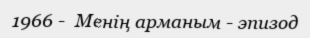
1966 -  Менің арманым - эпизод